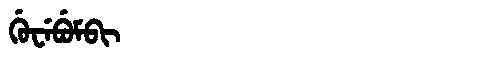
Manchu: ᡤᡠᠸᡝᠪᡠᠮᠪᡳ
Romanization: GUWEBUMBI